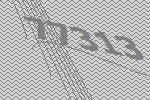
77313